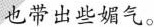
也带出些媚气。